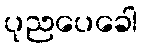
ပုညပေခေါ